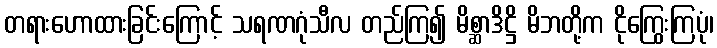
တရားဟောထားခြင်းကြောင့် သရဏဂုံသီလ တည်ကြ၍ မိစ္ဆာဒိဋ္ဌိ မိဘတို့က ငိုကြွေးကြပုံ၊